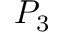
P _ { 3 }